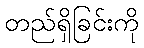
တည်ရှိခြင်းကို